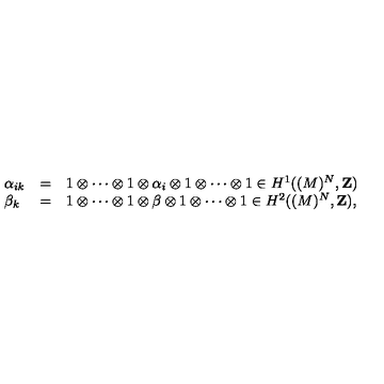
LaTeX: \begin{array} { l l l } { \alpha _ { i k } } & { = } & { 1 \otimes \cdots \otimes 1 \otimes \alpha _ { i } \otimes 1 \otimes \cdots \otimes 1 \in H ^ { 1 } ( ( M ) ^ { N } , { \bf { Z } } ) } \\ { \beta _ { k } } & { = } & { 1 \otimes \cdots \otimes 1 \otimes \beta \otimes 1 \otimes \cdots \otimes 1 \in H ^ { 2 } ( ( M ) ^ { N } , { \bf { Z } } ) , } \\ \end{array}